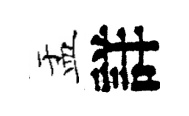
盂詳